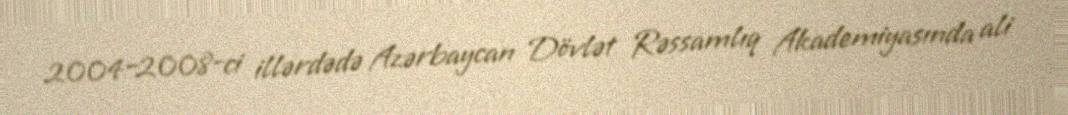
2004–2008-ci illərdədə Azərbaycan Dövlət Rəssamlıq Akademiyasında ali